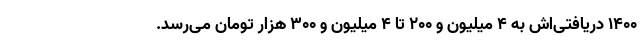
۱۴۰۰ دریافتی‌اش به ۴ میلیون و ۲۰۰ تا ۴ میلیون و ۳۰۰ هزار تومان می‌رسد.